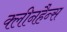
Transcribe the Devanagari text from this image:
क्लीनहैन्स